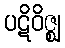
ပဋိဝိဇ္ဈ